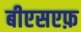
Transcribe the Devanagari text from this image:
बीएसएफ़